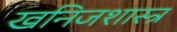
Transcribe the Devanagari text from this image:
खनिजशास्त्र